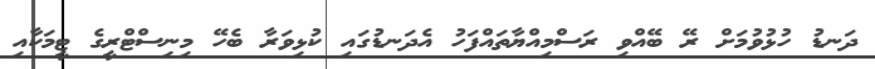
ދަނޑު ހުޅުވުމަށް ރޭ ބޭއްވި ރަސްމިއްޔާތައްފަހު އެދަނޑުގައި ކުޅިވަރާ ބެހޭ މިނިސްޓްރީގެ ޓީމަކާއި